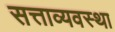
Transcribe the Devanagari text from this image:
सत्ताव्यवस्था